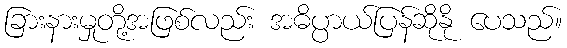
ခြားနားမှုတို့အဖြစ်လည်း အဓိပ္ပာယ်ပြန်ဆိုနို ပေသည်။